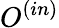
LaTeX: O^{(in)}